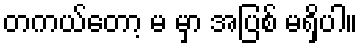
တကယ်တော့ မ မှာ အပြစ် မရှိပါ။